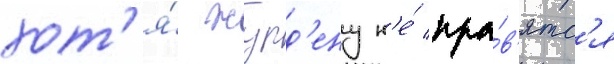
хот'я́ журд'ену н'е́ нра́в'ятс'я